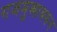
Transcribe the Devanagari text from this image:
गजमुखावरुन